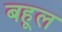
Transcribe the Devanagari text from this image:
बहूल